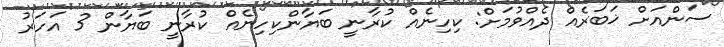
ސަންއަށް ޚަބަރެއް ދެއްވުމަށް: ކިހިނެއް ކުރާނީ ބަޔާންކިހިނެއް ކުރާނީ ބަޔާން 3 އަހަރު